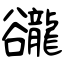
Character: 豅